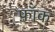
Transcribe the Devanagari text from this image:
फ़ॉक